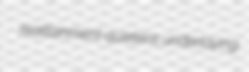
reattainment quietens underlaying